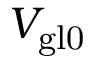
V _ { \mathrm { g l 0 } }